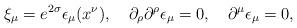
LaTeX: \begin{align*}\xi_\mu = e^{2\sigma}\epsilon_\mu(x^\nu), \quad\partial_\rho \partial^\rho \epsilon_\mu = 0,\quad \partial^\mu \epsilon_\mu = 0,\end{align*}